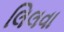
લિલવા